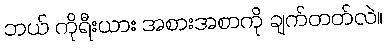
ဘယ် ကိုရီးယား အစားအစာကို ချက်တတ်လဲ။